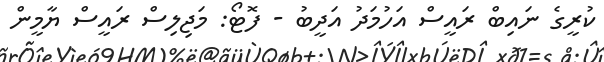
ކުރީގެ ނައިބް ރައީސް އަހުމަދު އަދީބު - ފޮޓޯ: މަޖިލިސް ރައީސް ޔާމީން